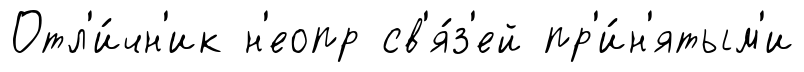
Отл'и́чн'ик н'еопр св'я́з'ей пр'и́н'ятым'и